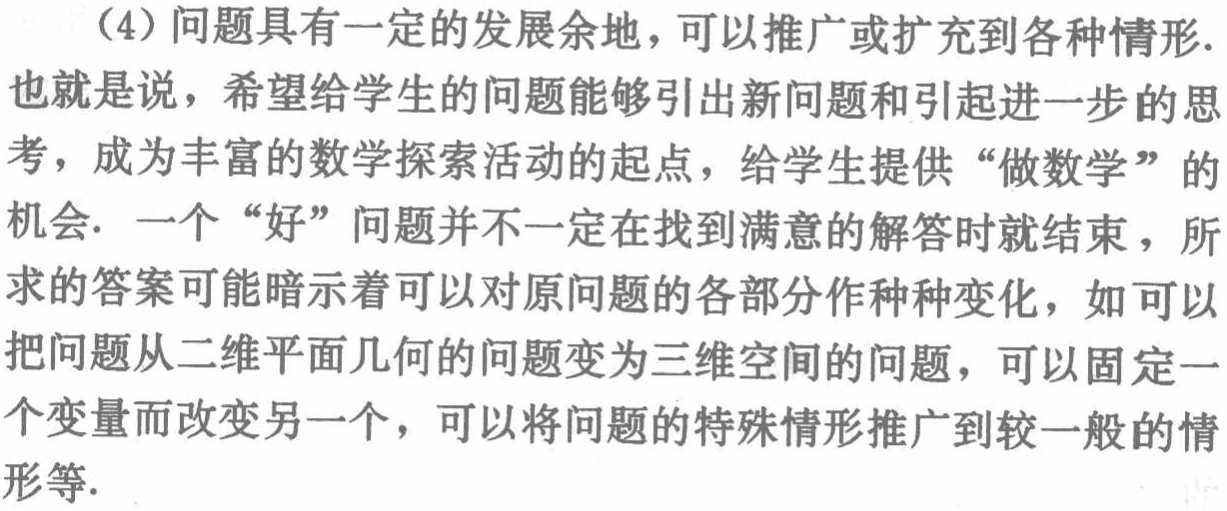
（4）问题具有一定的发展余地，可以推广或扩充到各种情形.也就是说，希望给学生的问题能够引出新问题和引起进一步的思考，成为丰富的数学探索活动的起点，给学生提供“做数学”的机会. 一个“好”问题并不一定在找到满意的解答时就结束，所求的答案可能暗示着可以对原问题的各部分作种种变化，如可以把问题从二维平面几何的问题变为三维空间的问题，可以固定一个变量而改变另一个，可以将问题的特殊情形推广到较一般的情形等.